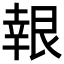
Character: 𮎙